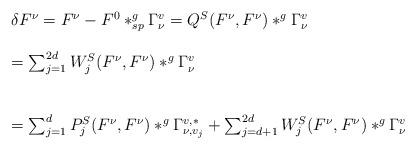
LaTeX: \begin{align*}\begin{array}{ll}\delta F^{\nu}=F^{\nu}-F^0\ast^g_{sp}\Gamma^v_{\nu}=Q^S(F^{\nu},F^{\nu})\ast^g \Gamma^v_{\nu}\\\\=\sum_{j=1}^{2d}W^S_j(F^{\nu},F^{\nu})\ast^g \Gamma^v_{\nu}\\\\\\=\sum_{j=1}^dP^S_j(F^{\nu},F^{\nu})\ast^g \Gamma^{v,*}_{\nu,v_j}+\sum_{j=d+1}^{2d}W^S_j(F^{\nu},F^{\nu})\ast^g \Gamma^v_{\nu}\end{array}\end{align*}